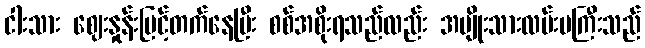
ငါးသား ဈေးနှုန်းမြင့်တက်နေပြီး စစ်အစိုးရသည်လည်း အမျိုးသားလမ်းမကြီးသည်